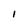
Character: 1